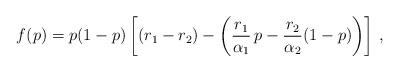
LaTeX: \begin{align*}f(p) = p(1-p) \left[ (r_1 - r_2) - \left(\frac{r_1}{\alpha_1} \, p - \frac{r_2}{\alpha_2} (1-p)\right) \right]\, , \end{align*}